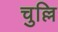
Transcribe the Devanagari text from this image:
चुल्लि